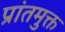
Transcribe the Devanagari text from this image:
प्रांतमुक्त